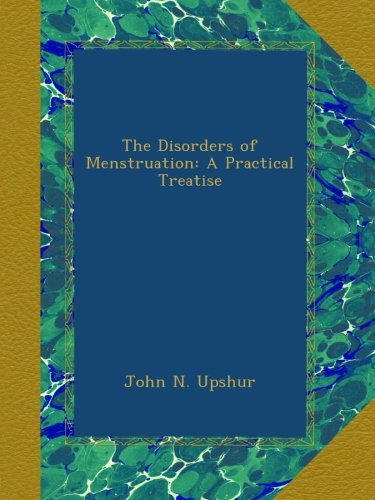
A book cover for The Disorders of Menstruation: A Practical Treatise; John N. Upshur; Health, Fitness & Dieting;